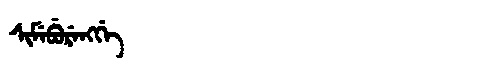
Manchu: ᠰᡳᠮᡝᠪᡠᡵᡝᠩᡤᡝ
Romanization: SIMEBURENGGE